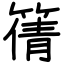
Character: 篟